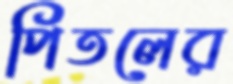
পিতলের